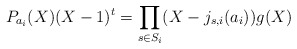
\begin{align*}P_{a_i}(X)(X - 1)^{t} = \prod_{s\in S_i}(X-j_{s,i}(a_i)) g(X)\end{align*}